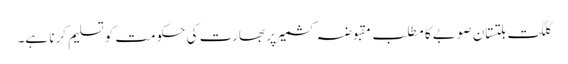
گلگت بلتستان صوبے کا مطلب مقبوضہ کشمیر پر بھارت کی حکومت کو تسلیم کرنا ہے۔